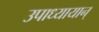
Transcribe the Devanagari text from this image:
उपाध्यायान्‌